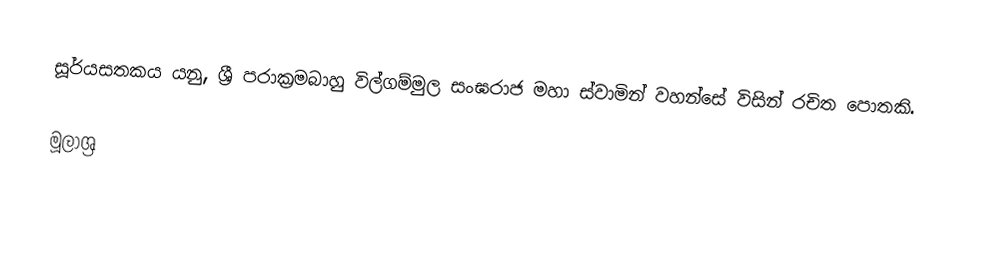
සූර්යසතකය යනු, ශ්‍රී පරාක්‍රමබාහු විල්ගම්මුල සංඝරාජ මහා ස්වාමින් වහන්සේ විසින් රචිත පොතකි.

මූලාශ්‍ර